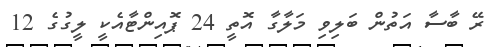
ރޭ ބާސާ އަތުން ބަލިވި މަލާގާ އޮތީ 24 ޕޮއިންޓާއެކީ ލީގުގެ 12